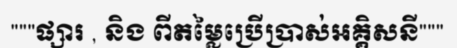
"""ផ្សារ , និង ពីតម្លៃប្រើប្រាស់អគ្គិសនី"""